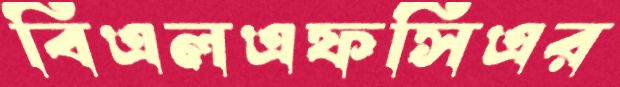
বিএলএফসিএর